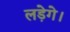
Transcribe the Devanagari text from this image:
लड़ेगे।